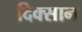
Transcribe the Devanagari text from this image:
दिक्सान